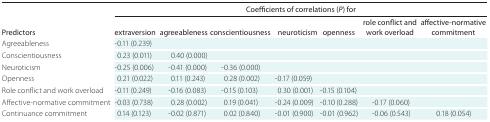
|  | <COLSPAN=7> Coefficients of correlations (P) for |
 | Predictors | extraversion | agreeableness | conscientiousness | neuroticism | openness | role conflict and work overload | affective-normative commitment |
 | --- | --- | --- | --- | --- | --- | --- | --- |
 | Agreeableness | -0.11 (0.239) |  |  |  |  |  |  |
 | Conscientiousness | 0.23 (0.011) | 0.40 (0.000) |  |  |  |  |  |
 | Neuroticism | -0.25 (0.006) | -0.41 (0.000) | -0.36 (0.000) |  |  |  |  |
 | Openness | 0.21 (0.022) | 0.11 (0.243) | 0.28 (0.002) | -0.17 (0.059) |  |  |  |
 | Role conflict and work overload | -0.11 (0.249) | -0.16 (0.083) | -0.15 (0.103) | 0.30 (0.001) | -0.15 (0.104) |  |  |
 | Affective-normative commitment | -0.03 (0.738) | 0.28 (0.002) | 0.19 (0.041) | -0.24 (0.009) | -0.10 (0.288) | -0.17 (0.060) |  |
 | Continuance commitment | 0.14 (0.123) | -0.02 (0.871) | 0.02 (0.840) | -0.01 (0.900) | -0.01 (0.962) | -0.06 (0.543) | 0.18 (0.054) |